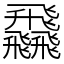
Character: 飝